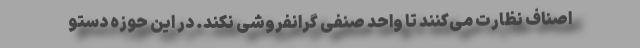
اصناف نظارت می‌کنند تا واحد صنفی گرانفروشی نکند. در این حوزه دستو